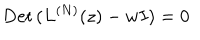
\mathrm { D e t } \, ( L ^ { ( N ) } ( z ) - w I ) = 0